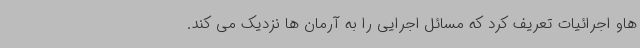
هاو اجرائیات تعریف کرد که مسائل اجرایی را به آرمان ها نزدیک می کند.